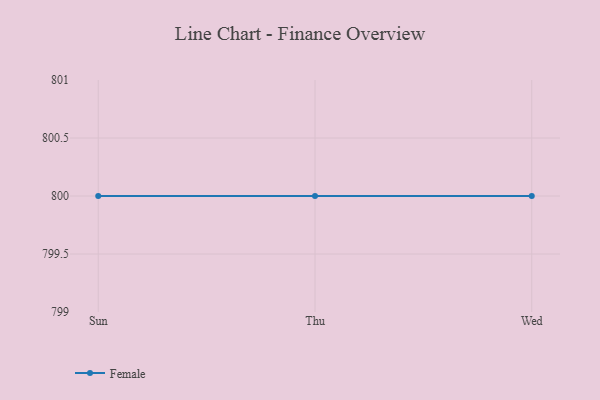
{"axis": {"x": "Day", "y": "Tickets Resolved"}, "legend": ["Female"], "data": [{"x": "Sun", "y": 800, "type": "Female"}, {"x": "Thu", "y": 800, "type": "Female"}, {"x": "Wed", "y": 800, "type": "Female"}]}